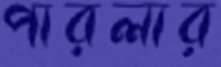
পারলার